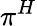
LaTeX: \pi^{H}